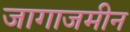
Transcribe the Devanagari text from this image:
जागाजमीन